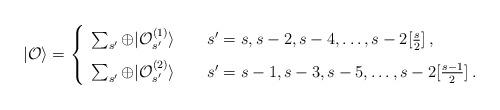
LaTeX: \begin{align*}|{\cal O}\rangle=\left\{\begin{array}{l}\sum_{s^\prime}\oplus |{\cal O}^{(1)}_{s^\prime}\rangle\qquad s^\prime=s,s-2,s-4,\ldots, s-2[\frac{s}{2}]\,,\\ [7pt]\sum_{s^\prime}\oplus |{\cal O}^{(2)}_{s^\prime}\rangle\qquad s^\prime=s-1,s-3,s-5,\ldots, s-2[\frac{s-1}{2}]\,.\end{array}\right.\end{align*}